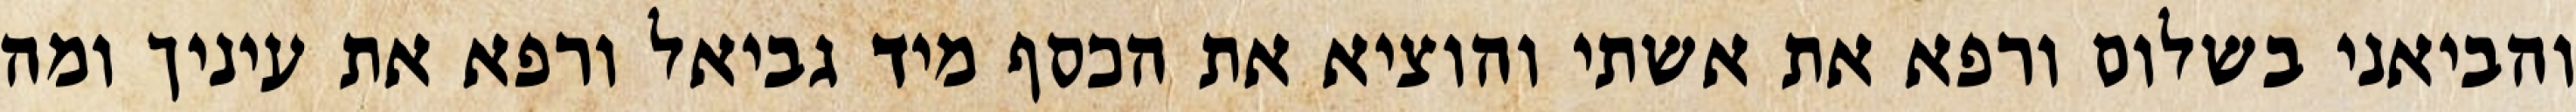
והביאני בשלום ורפא את אשתי והוציא את הכסף מיד גביאל ורפא את עיניך ומה